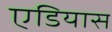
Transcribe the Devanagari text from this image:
एडियास